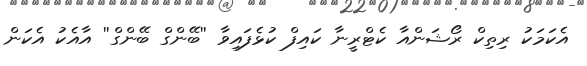
އެކަމަކު ރިތިކް ރޯޝަންއާ ކެޓްރީނާ ކައިފް ކުޅެފައިވާ ''ބޭންގް ބޭންގް'' އާއެކު އެކަން